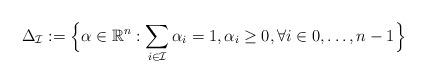
LaTeX: \begin{align*} \Delta_{{\mathcal{I}}} := \Big\{ {\alpha} \in \mathbb{R}^n: \sum\limits_{i\in\mathcal{I}} \alpha_i = 1, \alpha_i {}\geq{} 0, \forall i \in 0,\dots,n-1 \Big\}\end{align*}